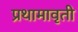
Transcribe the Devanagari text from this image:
प्रथामावृती